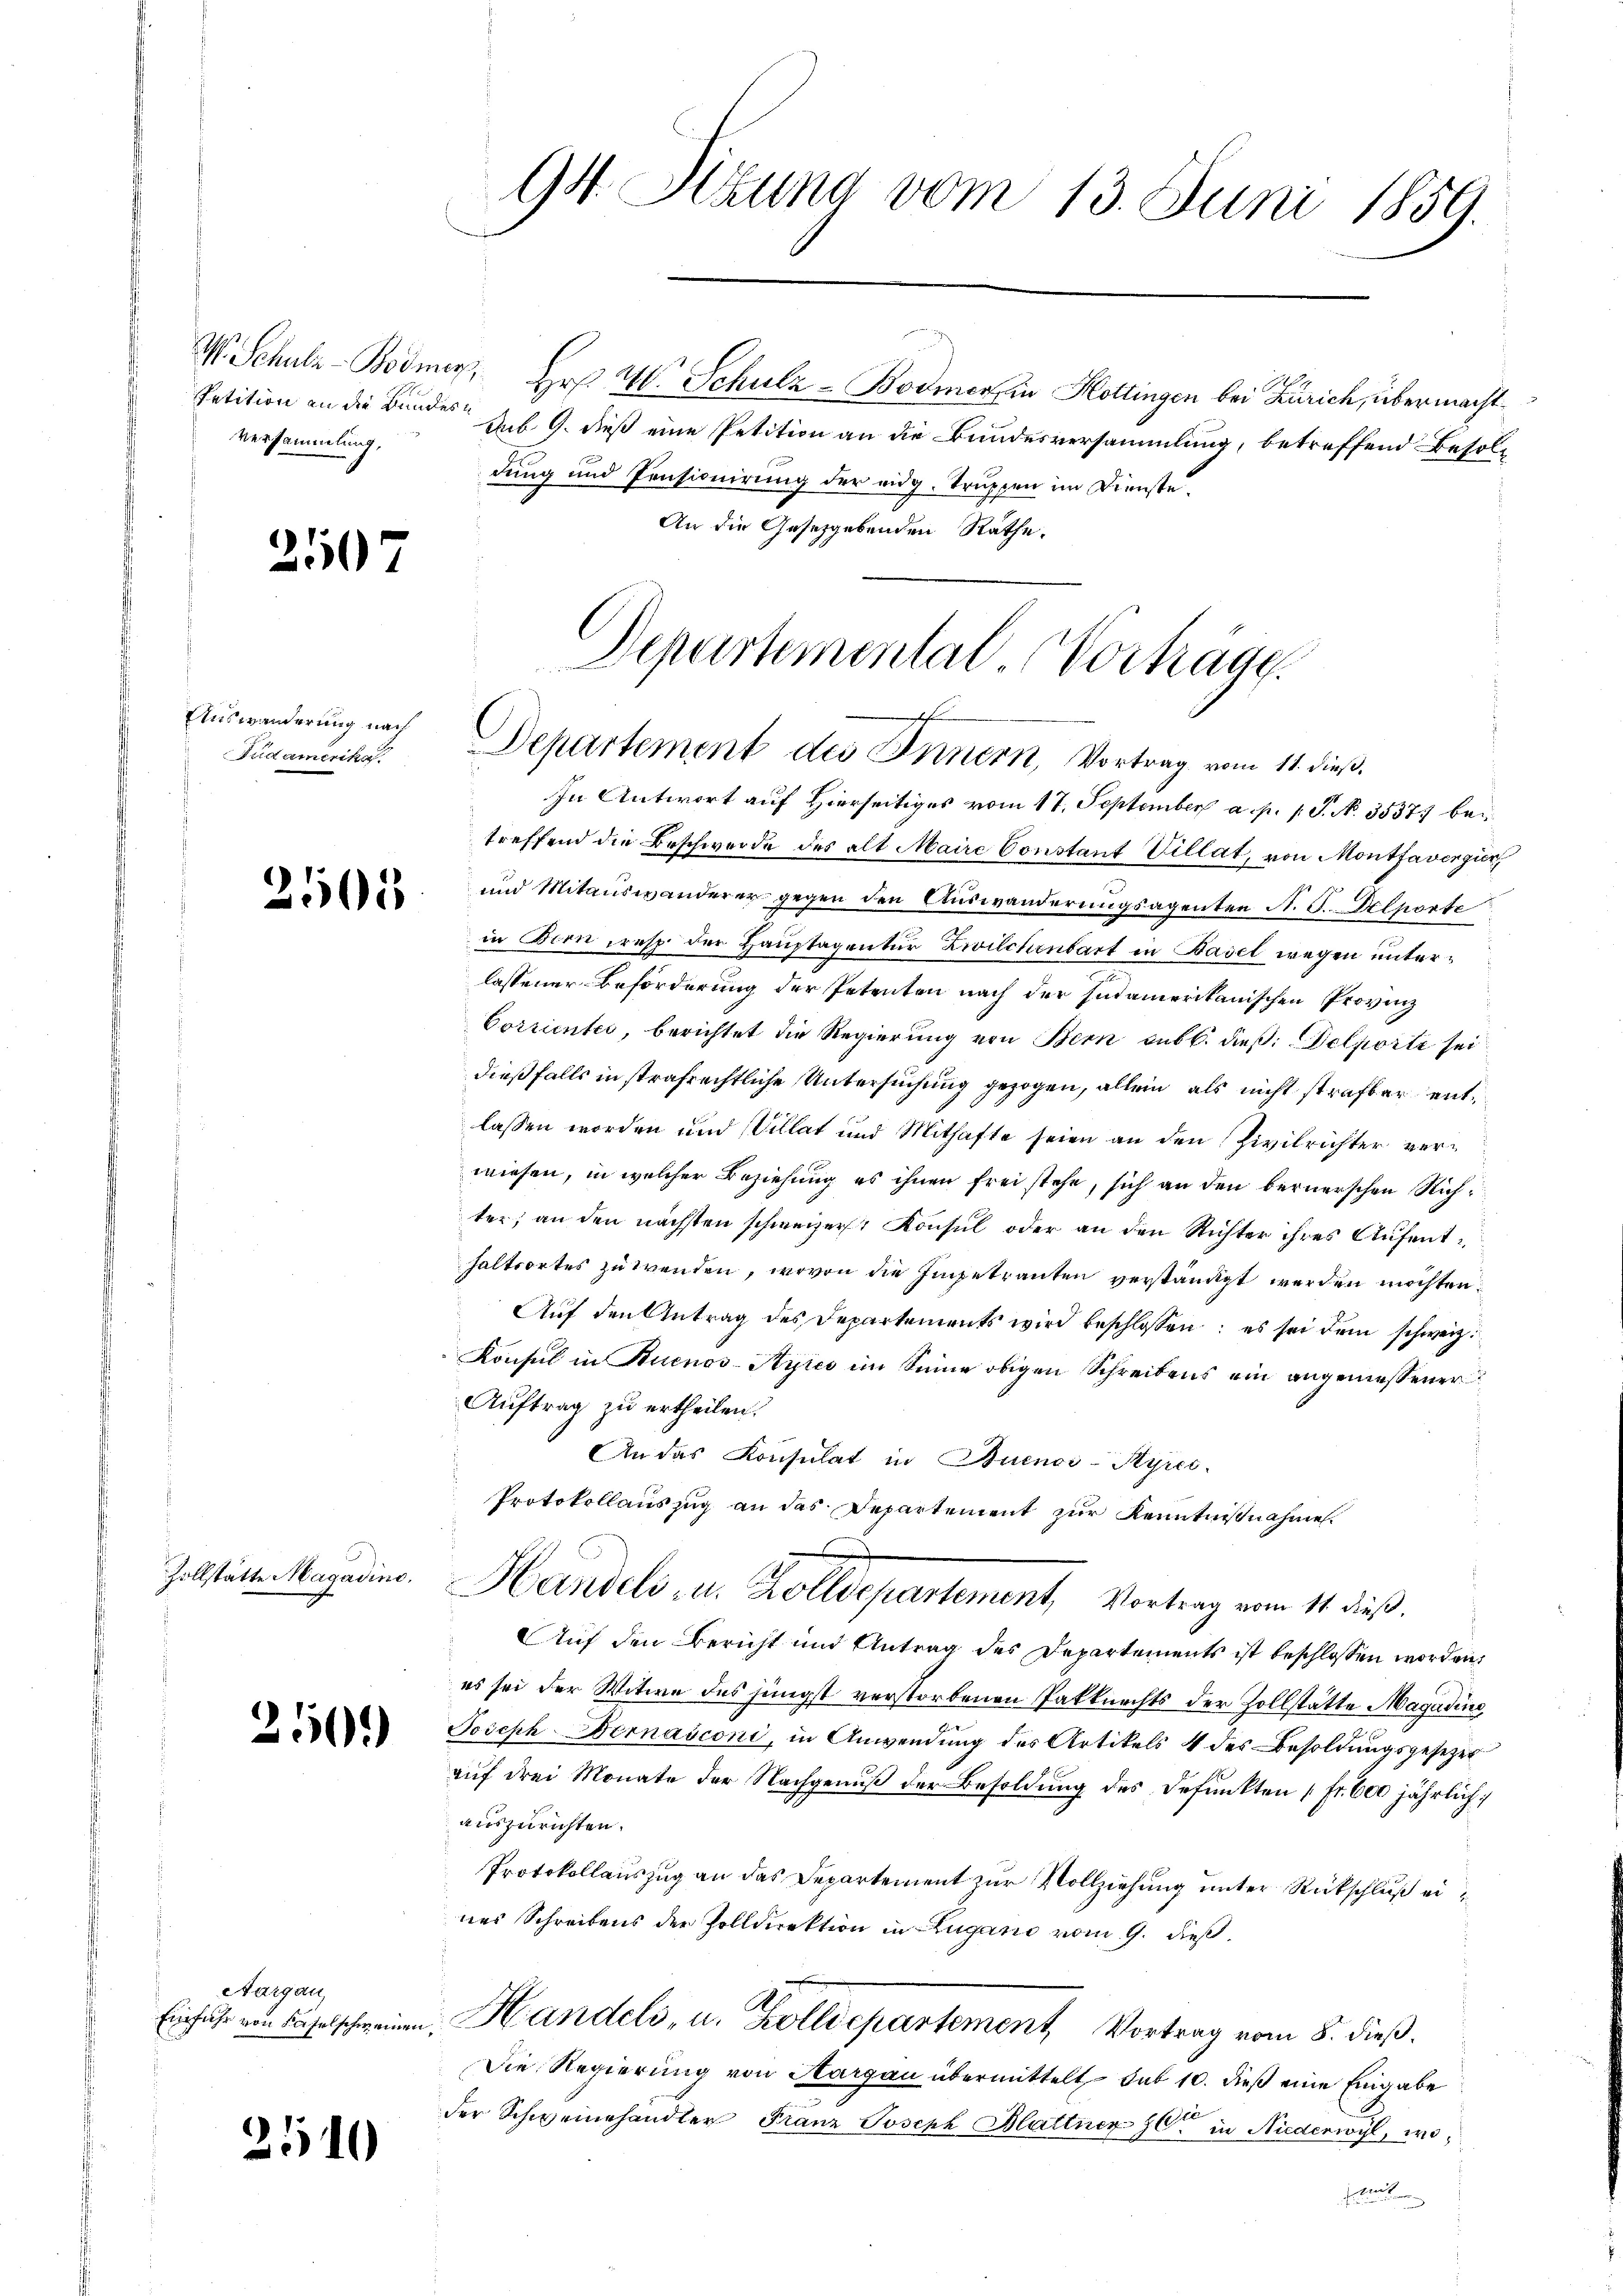
Versammlung,

e

250

Auswanderung nach
Fudamerikas

2505

Zollstätte Magadins.

50)

Aargau,

540

In Antwort auf Hierseitiges vom 17. September a. p. 1. S. N. 35377 betreffend die Beschwerde des alt Maire Constant Villat, von Montavergir
und Mitauswanderer gegen den Auswanderungsagenten N. S. Pelporte
in Bern resp. der Hauptagentur Zwilchenbart in Basel wegen untere
lassener Beförderung der Petenten nach der sudamerikanischen Provinz
Corrientes, berichtet die Regierŭng von Bern auf 6. dieß: Delporte sei
dießfalls in strafrechtliche Untersuchung gezogen, allein als nicht strafbar entlassen worden und Villat und Mithafte seien an den Zivilrichter verwiesen, in welcher Beziehung es ihnen frei stehe, sich an den bernerschen Richter, an den nächsten schweizer Konsul oder an den Richter ihres Aufenthaltsortes zu wenden, wovon die Eingetrauten verständigt werden möchten.
Aŭf den Antrag des Departements wird beschlossen: es sei dem schweiz.
Konsul in Buenos-Ayres im Seine obigen Schreibens ein angemessener
Auftrag zu ertheilen.
An das Konsulat in Buenos-Ayres
Protokollauszug an das Departement zur Kenntnißnahmen.
Handels- u. Zolldepartement, Vortrag vom 11. dieß.
Auf den Bericht und Antrag des Departements ist beschlossen worden,
es sei der Witwe des jüngst verstorbenen Patknechts der Zollstätte Magadine,
Joseph Bernasconi, in Anwendung des Artikels 4 des Besoldungsgesetzer
auf drei Monate der Nachgenuß der Besoldung des Defunkten [Fr. 600 jährlich
auszurichten.
Protokollauszug an das Departement zur Vollziehung unter Rückschluß eines Schreibens der Zolldirektion in Zugano vom 9. dieß
Einfahr von Baselschweinen Handels, u. Zolldepartement, Vortrag vom 8. dieß.
Die Regierŭng von Aargau übermittelt sub 10. dieß eine Eingabe
der Schweinehandler Franz Joseph Blattner 6ten in Niederwyl, wo
n

W. Schulz-Bodmer, Hr. W. Schulz - Bodmer, in Hottingen bei Zürich, übermacht
Petition an die Bundes sub 9. dieß eine Petition an die Bundesversammlung, betreffend Besoldung und Pensionirung der eidg. Truppen im Dienste.
An die Gesetzgebenden Rathe.

94. Stund vom 13. Juni 1859.

Departemental-Vorträge.
f
Departement des Innern, Vortrag vom 11. dieß,